Civil Veterinary Department Bengal reports 1923-33 - 1923-1933
Year: 1923
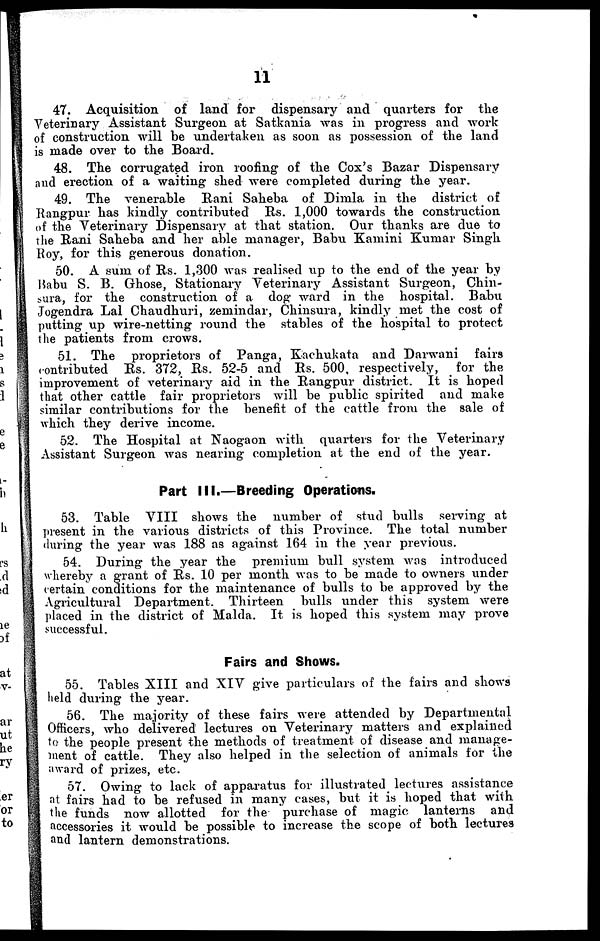
11
47. Acquisition of land for dispensary and quarters for the
Veterinary Assistant Surgeon at Satkania was in progress and work
of construction will be undertaken as soon as possession of the land
is made over to the Board.
48. The corrugated iron roofing of the Cox's Bazar Dispensary
and erection of a waiting shed were completed during the year.
49. The venerable Rani Saheba of Dimla in the district of
Rangpur has kindly contributed Rs. 1,000 towards the construction
of the Veterinary Dispensary at that station. Our thanks are due to
the Rani Saheba and her able manager, Babu Kamini Kumar Singh
Roy, for this generous donation.
50. A sum of Rs. 1,300 was realised up to the end of the year by
Babu S. B. Ghose, Stationary Veterinary Assistant Surgeon, Chin-
sura, for the construction of a dog ward in the hospital. Babu
Jogendra Lal Chaudhuri, zemindar, Chinsura, kindly met the cost of
putting up wire-netting round the stables of the hospital to protect
the patients from crows.
51. The proprietors of Panga, Kachukata and Darwani
fairs
contributed Rs. 372, Rs. 52-5 and Rs. 500, respectively, for the
improvement of veterinary aid in the Rangpur district. It is hoped
that other cattle fair proprietors will be public spirited and make
similar contributions for the benefit of the cattle from the sale of
which they derive income.
52. The Hospital at Naogaon with quarters for the Veterinary
Assistant Surgeon was nearing completion at the end of the year.
Part III.—Breeding Operations.
53. Table VIII shows the number of stud bulls serving at
present in the various districts of this Province. The total number
during the year was 188 as against 164 in the year previous.
54. During the year the premium bull system was introduced
whereby a grant of Rs. 10 per month was to be made to owners under
certain conditions for the maintenance of bulls to be approved by the
Agricultural Department. Thirteen bulls under this system were
placed in the district of Malda. It is hoped this system may prove
successful.
Fairs and Shows.
55. Tables XIII and XIV give particulars of the fairs and shows
held during the year.
56. The majority of these fairs were attended by Departmental
Officers, who delivered lectures on Veterinary matters and explained
to the people present the methods of treatment of disease and manage-
ment of cattle. They also helped in the selection of animals for the
award of prizes, etc.
57. Owing to lack of apparatus for illustrated lectures assistance
at fairs had to be refused in many cases, but it is hoped that with
the funds now allotted for the purchase of magic lanterns and
accessories it would be possible to increase the scope of both lectures
and lantern demonstrations.